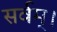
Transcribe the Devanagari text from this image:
सर्वम्।